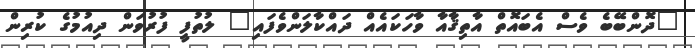
"ދޮންބޭބެ ވެސް އެބައޮތް އާތިޤާއާ ވާހަކައެއް ދައްކާލަންވެފައި" ލުތުފީ ފުރުވަން ދިއުމުގެ ކުރިން